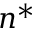
n ^ { * }